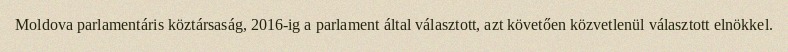
Moldova parlamentáris köztársaság, 2016-ig a parlament által választott, azt követően közvetlenül választott elnökkel.